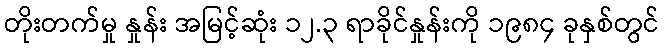
တိုးတက်မှု နှုန်း အမြင့်ဆုံး ၁၂.၃ ရာခိုင်နှုန်းကို ၁၉၈၄ ခုနှစ်တွင်